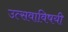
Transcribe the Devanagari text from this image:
उत्सवाविषयी